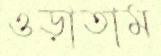
ওড়াতাম